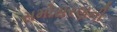
સમોસરણની